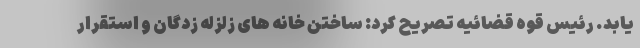
یابد. رئیس قوه قضائیه تصریح کرد: ساختن خانه های زلزله زدگان و استقرار